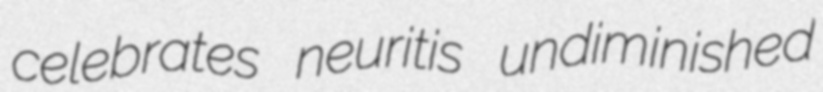
celebrates neuritis undiminished